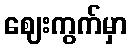
ဈေးကွက်မှာ